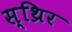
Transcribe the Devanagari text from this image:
स्थ्रिर